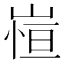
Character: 𭖿